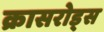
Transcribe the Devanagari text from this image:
क्रासरोड्स